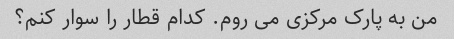
من به پارک مرکزی می روم. کدام قطار را سوار کنم؟